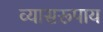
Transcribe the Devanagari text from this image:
व्यासरूपाय